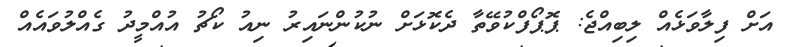
އަށް ފިލާވަޅެއް ލިބިއްޖެ: ޕޮޕޯފްކުވޭތާ ދެކޮޅަށް ނުކުންނައިރު ނިއު ކޯޗު އުއްމީދު ގެއްލުވައެއް